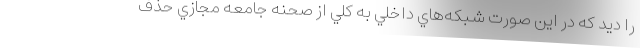
را ديد كه در اين صورت شبكه‌هاي داخلي به كلي از صحنه جامعه مجازي حذف